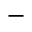
-